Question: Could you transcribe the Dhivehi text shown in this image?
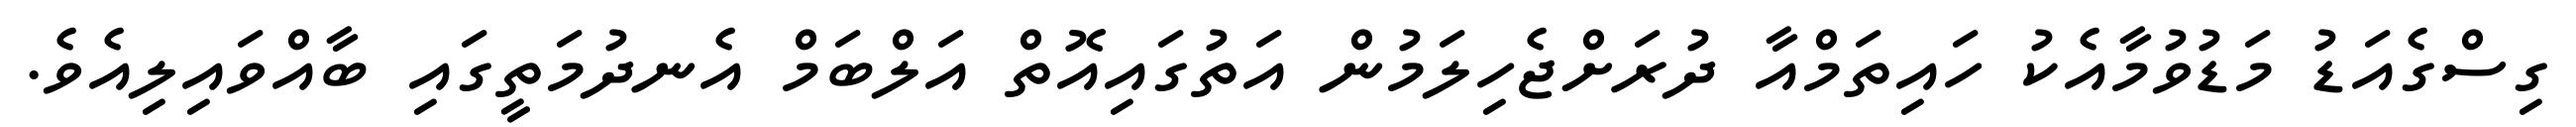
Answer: ގިސްގެއަޑު މަޑުވުމާއެކު ހައިތަމްއާ ދުރަށްޖެހިލަމުން އަތުގައިއޮތް އަލްބަމް އެނދުމަތީގައި ބާއްވައިލިއެވެ.